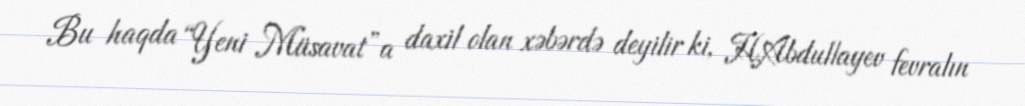
Bu haqda “Yeni Müsavat”a daxil olan xəbərdə deyilir ki, H.Abdullayev fevralın